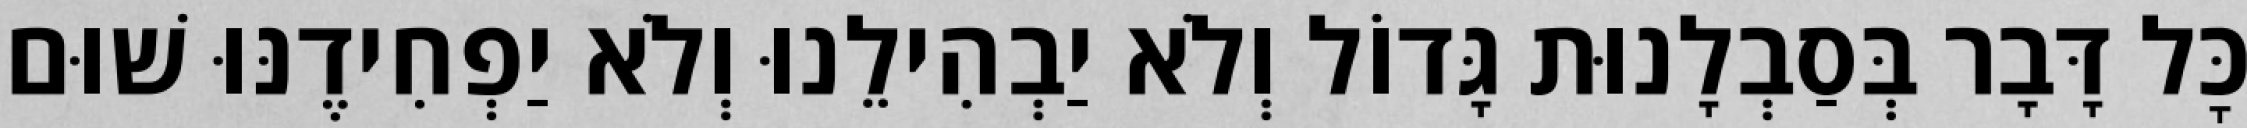
כׇּל דָּבָר בְּסַבְלָנוּת גָּדוֹל וְלֹא יַבְהִילֵנוּ וְלֹא יַפְחִידֶנּוּ שׁוּם